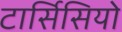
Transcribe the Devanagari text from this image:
टार्सिसियो